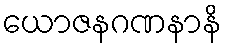
ယောဇနဂဏနာနိ